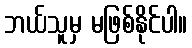
ဘယ်သူမှ မဖြစ်နိုင်ပါ။